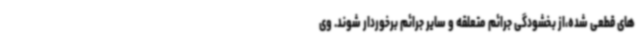
های قطعی شده،از بخشودگی جرائم متعلقه و سایر جرائم برخوردار شوند. وی